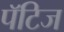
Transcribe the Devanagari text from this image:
पॅटिज